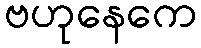
ဗဟုနေကေ